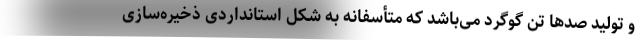
و تولید صدها تن گوگرد می‌باشد که متأسفانه به شکل استانداردی ذخیره‌سازی